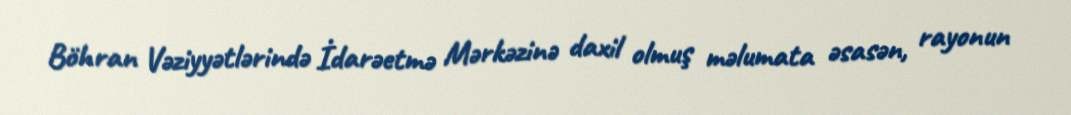
Böhran Vəziyyətlərində İdarəetmə Mərkəzinə daxil olmuş məlumata əsasən, rayonun